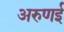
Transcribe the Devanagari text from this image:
अरुणई